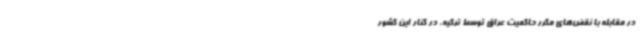
در مقابله با نقض‌های مکرر حاکمیت عراق توسط ترکیه، در کنار این کشور